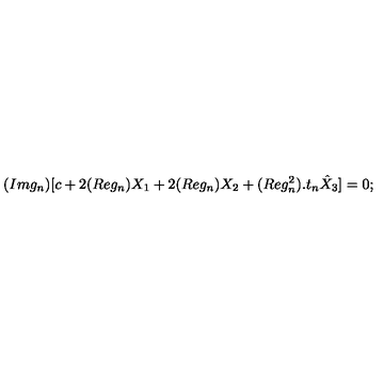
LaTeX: ( I m g _ { n } ) [ c + 2 ( R e g _ { n } ) X _ { 1 } + 2 ( R e g _ { n } ) X _ { 2 } + ( R e g _ { n } ^ { 2 } ) . t _ { n } \hat { X } _ { 3 } ] = 0 ;